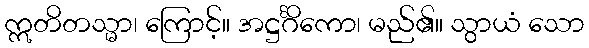
ဣတိတသ္မာ၊ ကြောင့်။ အဋ္ဌင်္ဂိကော၊ မည်၏။ သွာယံ သော